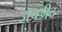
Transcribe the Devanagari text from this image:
अच्छीद